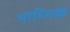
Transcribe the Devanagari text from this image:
भोव्मिक